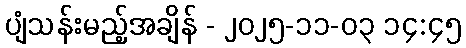
ပျံသန်းမည့်အချိန် - ၂၀၂၅-၁၁-၀၃ ၁၄:၄၅